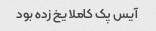
آیس پک کاملا یخ زده بود